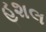
હશલ